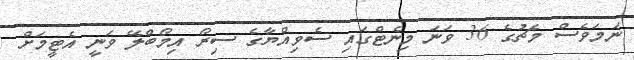
ނަމަވެސް މެޗުގެ 36 ވަނަ މިނެޓްގައި ސެވިއްޔާގެ ސިރޯ އިމޯބްލޭ ވަނީ އެޓީމަށް